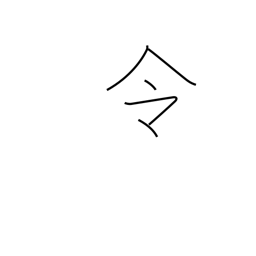
Meaning: command